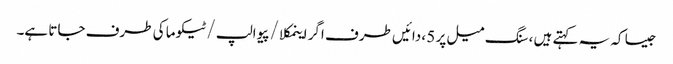
جیسا کہ یہ کہتے ہیں ، سنگ میل پر 5 ، دائیں طرف اگر اینمکلا / پیوالپ / ٹیکوما کی طرف جاتا ہے۔